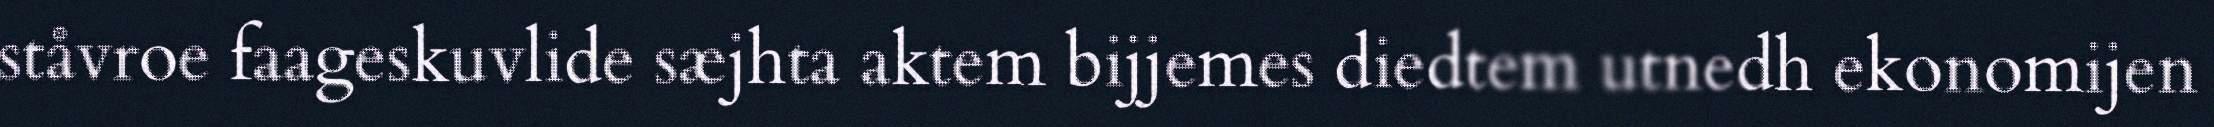
ståvroe faageskuvlide sæjhta aktem bijjemes diedtem utnedh ekonomijen